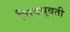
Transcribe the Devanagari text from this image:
शिवयुवती